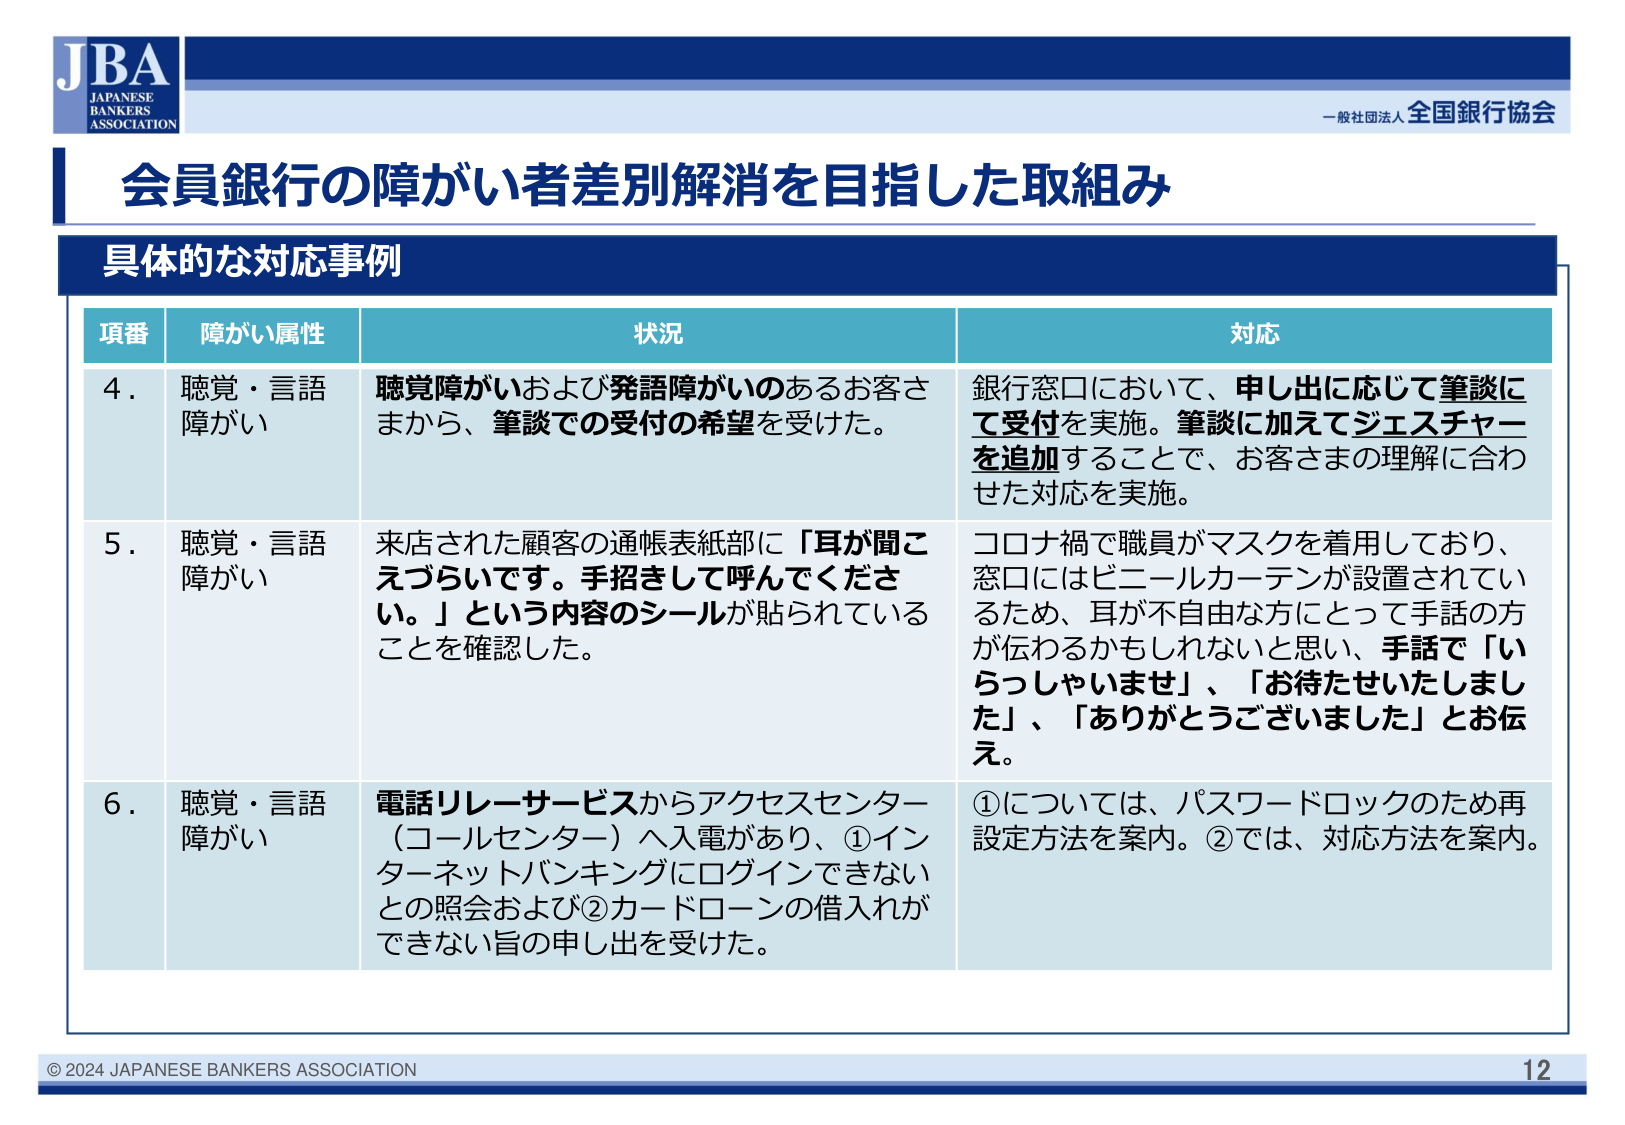
JBA
JAPANESE
BANKERS
ASSOCIATION

一般社団法人 全国銀行協会

会員銀行の障がい者差別解消を目指した取組み

具体的な対応事例

項番　障がい属性　状況　対応

4． 聴覚・言語
障がい
聴覚障がいおよび発語障がいのあるお客さまから、筆談での受付の希望を受けた。
銀行窓口において、申し出に応じて筆談にて受付を実施。筆談に加えてジェスチャーを追加することで、お客さまの理解に合わせた対応を実施。

5． 聴覚・言語
障がい
来店された顧客の通帳表紙部に「耳が聞こえづらいです。手招きして呼んでください。」という内容のシールが貼られていることを確認した。
コロナ禍で職員がマスクを着用しており、窓口にはビニールカーテンが設置されているため、耳が不自由な方にとって手話の方が伝わるかもしれないと思い、手話で「いらっしゃいませ」、「お待たせいたしました」、「ありがとうございました」とお伝え。

6． 聴覚・言語
障がい
電話リレーサービスからアクセスセンター（コールセンター）へ入電があり、①インターネットバンキングにログインできないとの照会および②カードローンの借入れができない旨の申し出を受けた。
①については、パスワードロックのため再設定方法を案内。②では、対応方法を案内。

© 2024 JAPANESE BANKERS ASSOCIATION
12